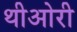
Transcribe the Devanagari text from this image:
थीओरी